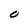
Character: 0